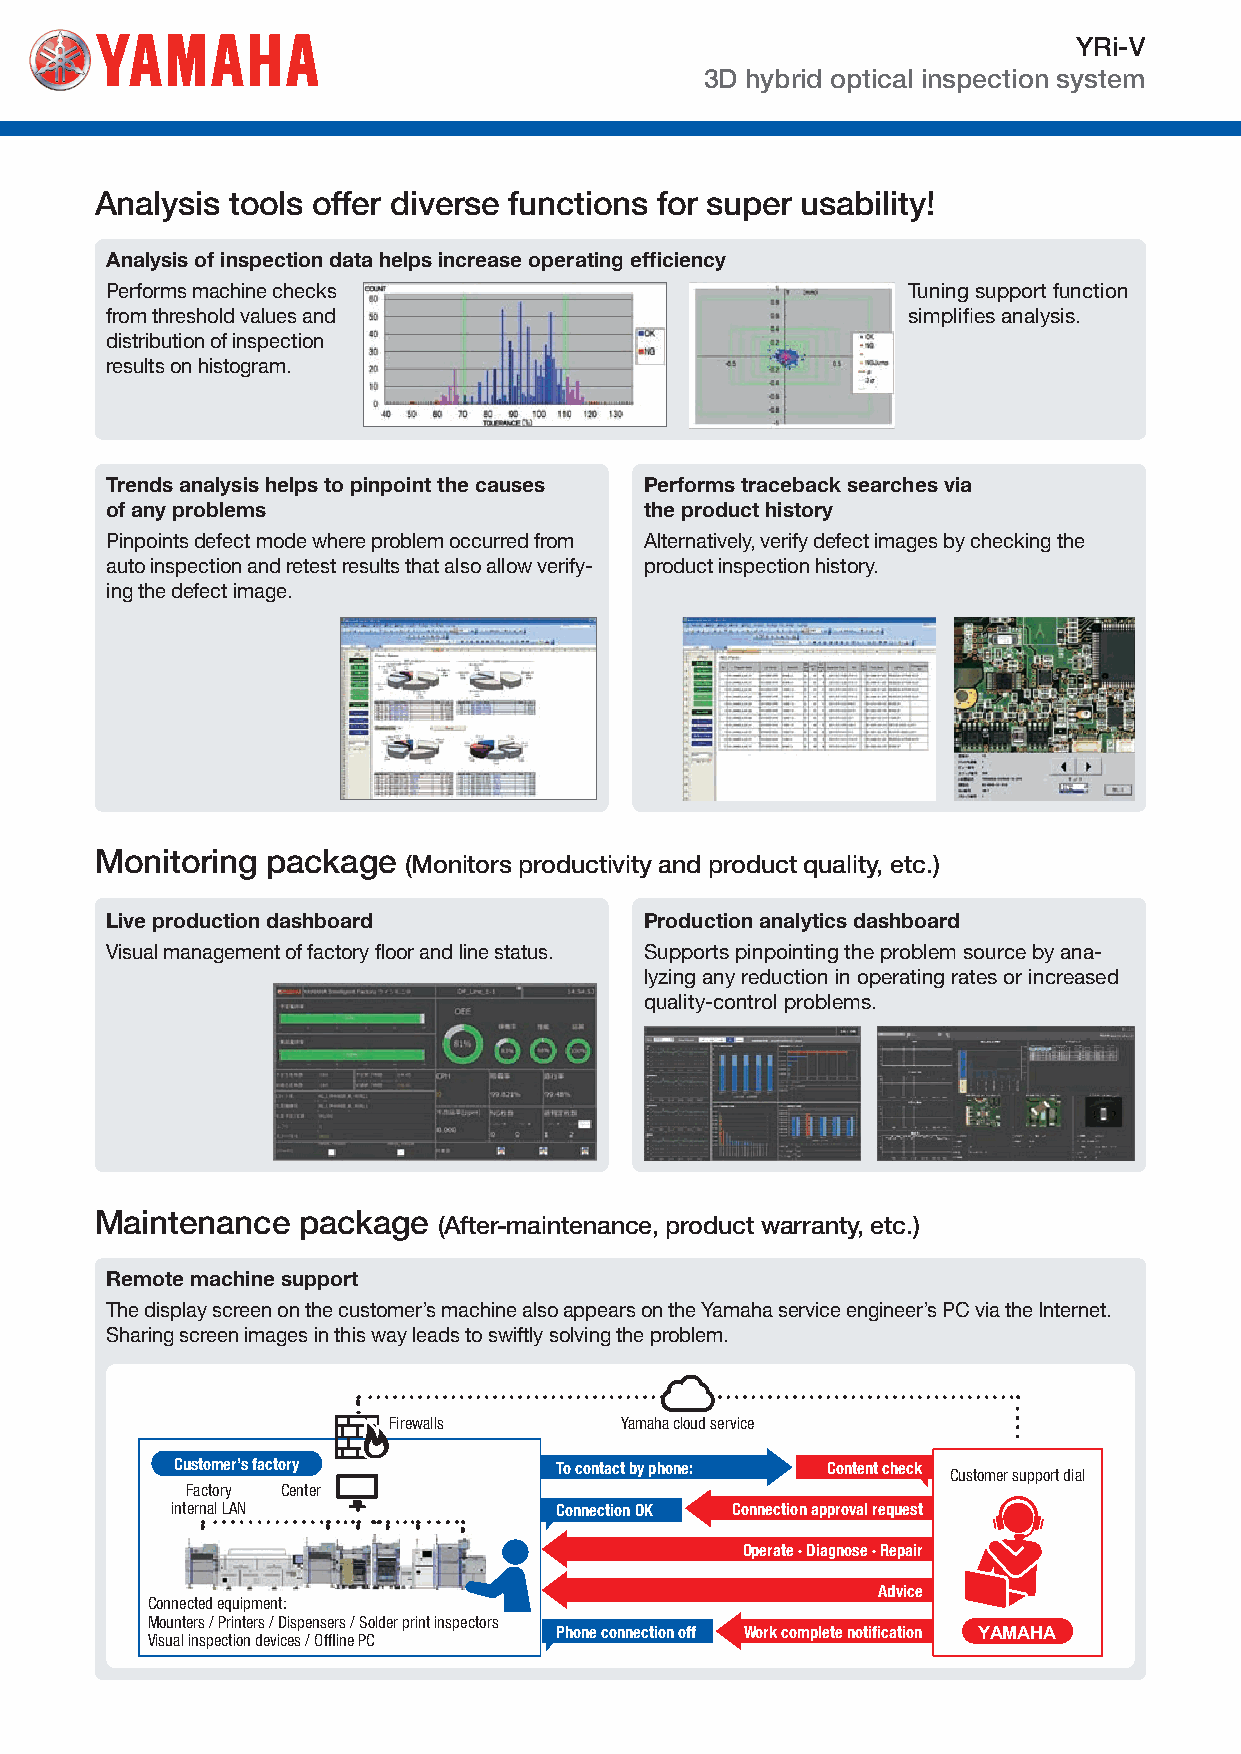
YRi-V
 3D hybrid optical inspection system
 Analysis tools offer diverse functions for super usability!
 Analysis of inspection data helps increase operating efficiency
 Performs machine checks                              Tuning support function
 from threshold values and                            simplifies analysis.
 distribution of inspection
 results on histogram.
 Trends analysis helps to pinpoint the causes Performs traceback searches via
 of any problems                     the product history
 Pinpoints defect mode where problem occurred from Alternatively, verify defect images by checking the
 auto inspection and retest results that also allow verify- product inspection history.
 ing the defect image.
 Monitoring  package
 (Monitors productivity and product quality, etc.)
 Live production dashboard           Production analytics dashboard
 Visual management of factory floor and line status. Supports pinpointing the problem source by ana-
 lyzing any reduction in operating rates or increased
 quality-control problems.
 Maintenance   package
 (After-maintenance, product warranty, etc.)
 Remote machine support
 The display screen on the customer’s machine also appears on the Yamaha service engineer’s PC via the Internet.
 Sharing screen images in this way leads to swiftly solving the problem.
 Firewalls      Yamaha cloud service
 Customer’s factory       To contact by phone: Content check
 Customer support dial
 Factory Center
 internal LAN              Connection OK Connection approval request
 Operate · Diagnose · Repair
 Advice
 Connected equipment:
 Mounters / Printers / Dispensers / Solder print inspectors
 Visual inspection devices / Offline PC Phone connection off Work complete notification YAMAHA